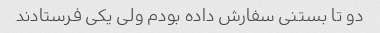
دو تا بستنی سفارش داده بودم ولی یکی فرستادند